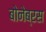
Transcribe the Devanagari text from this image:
बोनेब्रस